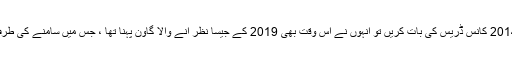
ایسے میں اگر ملک کے 2014 کانس ڈریس کی بات کریں تو انہوں نے اس وقت بھی 2019 کے جیسا نظر آنے والا گاون پہنا تھا ، جس میں سامنے کی طرف کی ہول نیک لائن تھی ۔